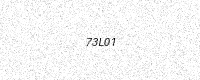
Text: 73L01